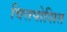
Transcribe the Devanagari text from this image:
वित्तपोशित